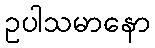
ဥပါသမာနော